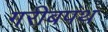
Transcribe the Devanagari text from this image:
गरीबपंथ